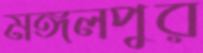
মঙ্গলপুর